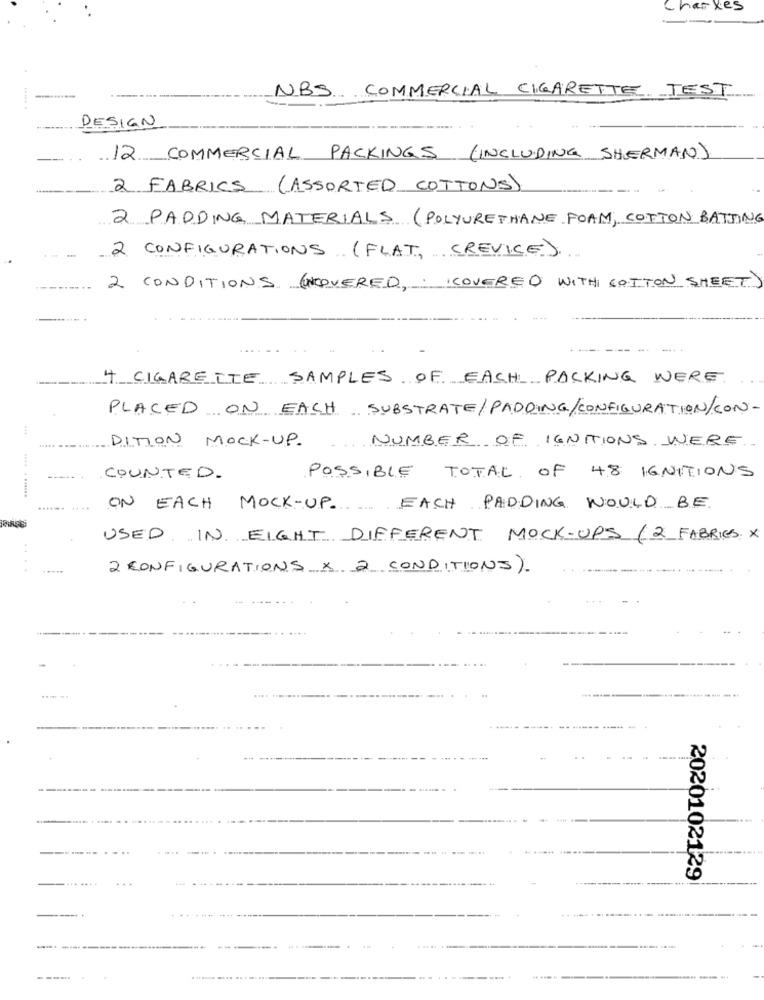
Charles
--
.........
NBS COMMERCIAL CIGARETTE TEST
DESIGN
12 COMMERCIAL PACKINGS (INCLUDING SHERMAN)
2 FABRICS (ASSORTED COTTONS)
...
2 PADDING MATERIALS (POLYURETHANE FOAM, COTTON BATTING
2 CONFIGURATIONS (FLAT, CREVICE).
2 CONDITIONS (COVERED, . I COVERED WITH COTTON SHEET)
4 CIGARETTE SAMPLES OF EACH PACKING WERE
PLACED ON EACH SUBSTRATE/PADDING/CONFIGURATION/CON-
DITION MOCK-UP.
NUMBER OF IGNITIONS WERE
COUNTED.
POSSIBLE
TOTAL OF 48 IGNITIONS
...... .. ......
ON EACH MOCK-UP. EACH PADDING WOULD BE
USED IN EIGHT DIFFERENT MOCK-UPS (2 FABRICS X
---
2 CONFIGURATIONS X 2 CONDITIONS)
2020102129
---------------